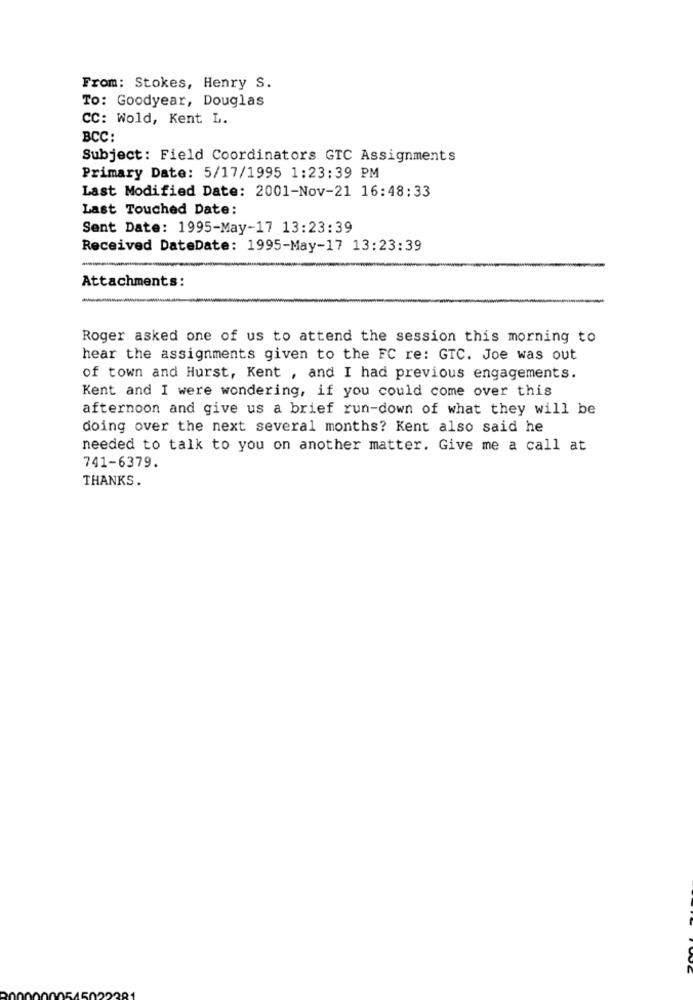
From: Stokes, Henry S.
To: Goodyear, Douglas
CC: Wold, Kent L.
BCC:
Subject: Field Coordinators GTC Assignments
Primary Date: 5/17/1995 1:23:39 PM
Last Modified Date: 2001-Nov-21 16:48:33
Last Touched Date:
Sent Date: 1995-May-17 13:23:39
Received DateDate: 1995-May-17 13:23:39
Attachments:
Roger asked one of us to attend the session this morning to
hear the assignments given to the FC re: GTC. Joe was out
of town and Hurst, Kent , and I had previous engagements.
Kent and I were wondering, if you could come over this
afternoon and give us a brief run-down of what they will be
doing over the next several months? Kent also said he
needed to talk to you on another matter. Give me a call at
741-6379.
THANKS.